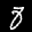
Label: 8